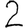
Digit: 2